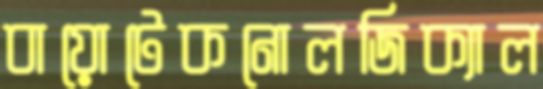
বায়োটেকনোলজিক্যাল